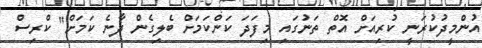
އުންމީދުކުރަނީ ކުރިއަށް އޮތް ތަނުގައި މިފަދަ ކަންކަމަށް ބެލިގެން ދާނެ ކަމަށް" ކްރިސް